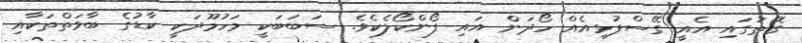
ގޮތުގައި އެއީ ގޭސްފުޅިއެއް ހޯދަން އައި ފޯންކޯލެކެވެ. ސަބަބަކީ މަހުމޫދަކީ ކާޑުގެ ބާވަތްތަކާއި